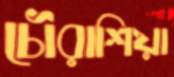
চৌরাশিয়া